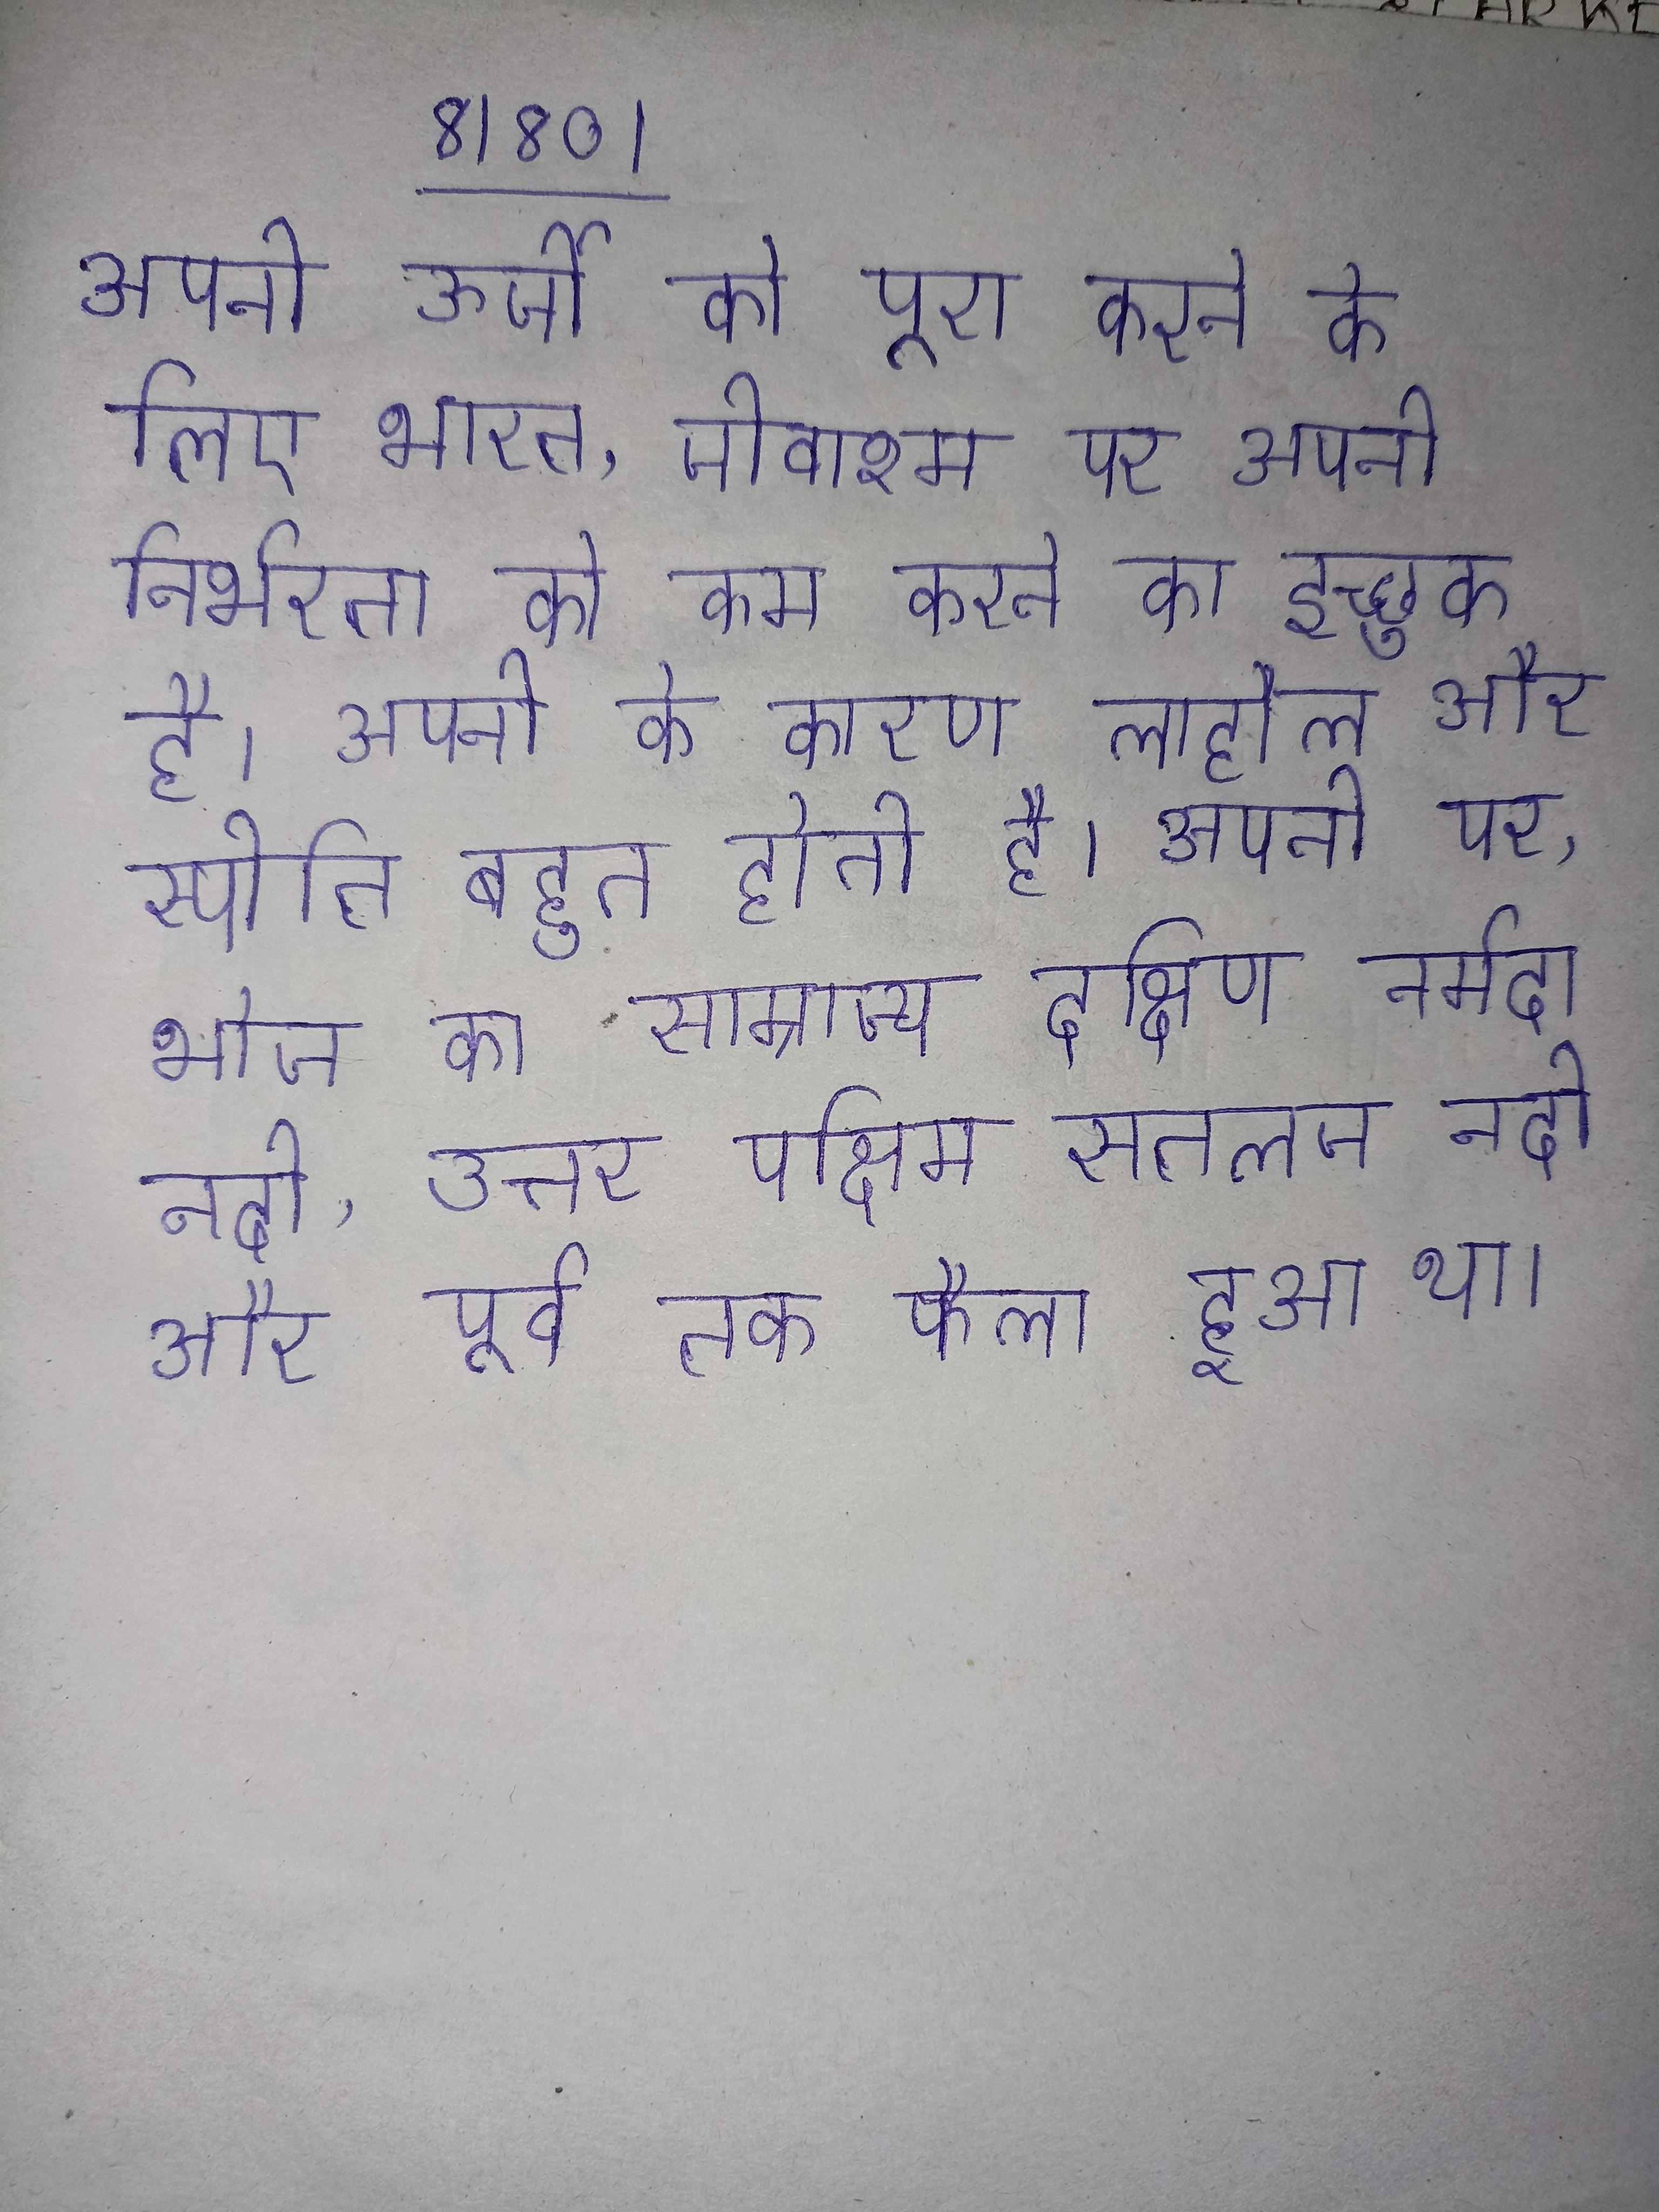
अपनी ऊर्जा को पूरा करने के लिए भारत, जीवाश्म पर अपनी निर्भरता को कम करने का इच्छुक है । अपनी के कारण लाहौल और स्पीति बहुत होती है । अपनी पर, भोज का साम्राज्य दक्षिण नर्मदा नदी, उत्तर पश्चिम सतलज नदी और पूर्व तक फैला हुआ था ।